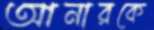
আনারকে